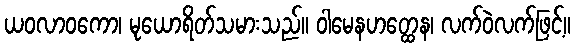
ယဝလာဝကော၊ မုယောရိတ်သမားသည်။ ဝါမေနဟတ္ထေန၊ လက်ဝဲလက်ဖြင့်။